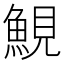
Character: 𩷪